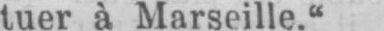
tuer à Marseille.“